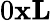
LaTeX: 0\le x\le L